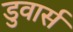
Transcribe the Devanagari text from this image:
डुवार्स